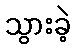
သွားခဲ့